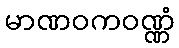
မာဏဝကဝဏ္ဏံ